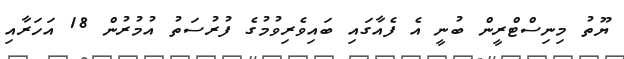
ޔޫތު މިނިސްޓްރީން ބުނީ އެ ފެއާގައި ބައިވެރިވުމުގެ ފުރުސަތު އުމުރުން 18 އަހަރާއި